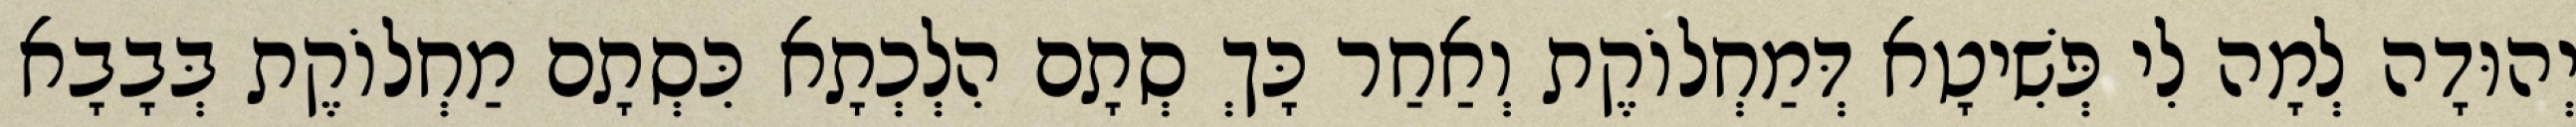
יְהוּדָה לְמָה לִי פְּשִׁיטָא דְּמַחְלוֹקֶת וְאַחַר כָּךְ סְתָם הִלְכְתָא כִּסְתָם מַחְלוֹקֶת בְּבָבָא